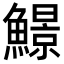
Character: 𩻱